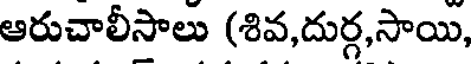
ఆరుచాలీసాలు (శివ,దుర్గ,సాయి,